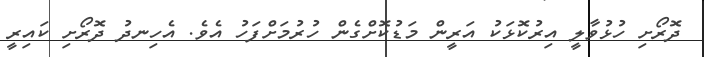
ދޮރޯށި ހުޅުވާލީ އިރުކޮޅަކު އަރީން މަޑުކޮށްގެން ހުރުމަށްފަހު އެވެ. އެހިނދު ދޮރޯށި ކައިރީ